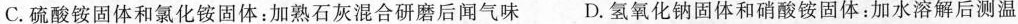
C.硫酸铵固体和氯化铵固体：加熟石灰混合研磨后闻气味 D.氢氧化钠固体和硝酸铵固体：加水溶解后测温